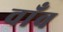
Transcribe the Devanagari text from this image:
वाँव